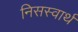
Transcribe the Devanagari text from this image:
निसस्वार्थ